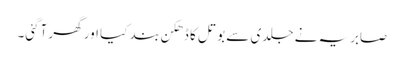
صابریہ نے جلدی سے بوتل کا ڈھکن بند کیا اور گھر آگئی۔